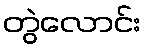
တွဲလောင်း